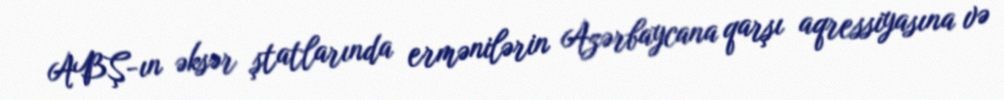
ABŞ-ın əksər ştatlarında ermənilərin Azərbaycana qarşı aqressiyasına və